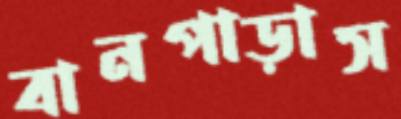
বানপাড়াস